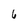
Character: b